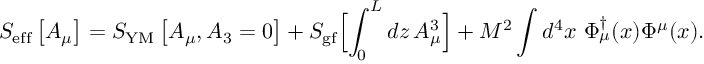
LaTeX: S _ { \mathrm { e f f } } \left[ A _ { \mu } \right] = S _ { \mathrm { Y M } } \left[ A _ { \mu } , A _ { 3 } = 0 \right] + S _ { \mathrm { g f } } \Bigl [ \int _ { 0 } ^ { L } d z \, A _ { \mu } ^ { 3 } \Bigr ] + M ^ { 2 } \int d ^ { 4 } x \, \, \Phi _ { \mu } ^ { \dagger } ( x ) \Phi ^ { \mu } ( x ) .